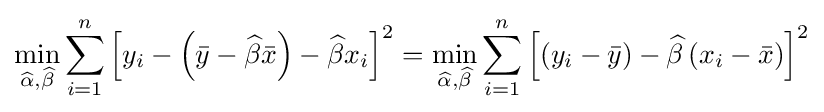
\min _{{\widehat {\alpha }},{\widehat {\beta }}}\sum _{i=1}^{n}\left[y_{i}-\left({\bar {y}}-{\widehat {\beta }}{\bar {x}}\right)-{\widehat {\beta }}x_{i}\right]^{2}=\min _{{\widehat {\alpha }},{\widehat {\beta }}}\sum _{i=1}^{n}\left[\left(y_{i}-{\bar {y}}\right)-{\widehat {\beta }}\left(x_{i}-{\bar {x}}\right)\right]^{2}